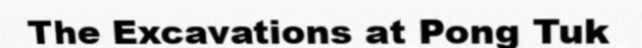
The Excavations at Pong Tuk